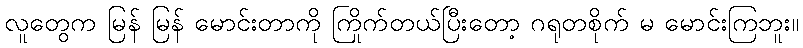
လူတွေက မြန် မြန် မောင်းတာကို ကြိုက်တယ်ပြီးတော့ ဂရုတစိုက် မ မောင်းကြဘူး။